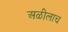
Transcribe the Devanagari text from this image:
अळीलाच